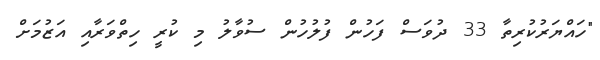
"ހައްޔަރުކުރިތާ 33 ދުވަސް ފަހުން ފުލުހުން ސުވާލު މި ކުރީ ހިތްވަރާއި އަޒުމަށް